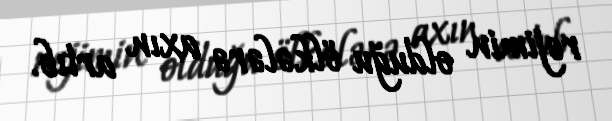
rejimin olduğu ölkələrə axın artıb.